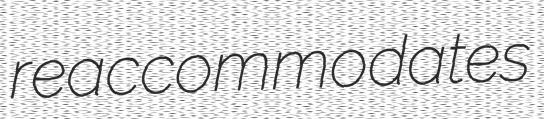
reaccommodates